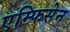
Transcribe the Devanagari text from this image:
एम्फिसेन